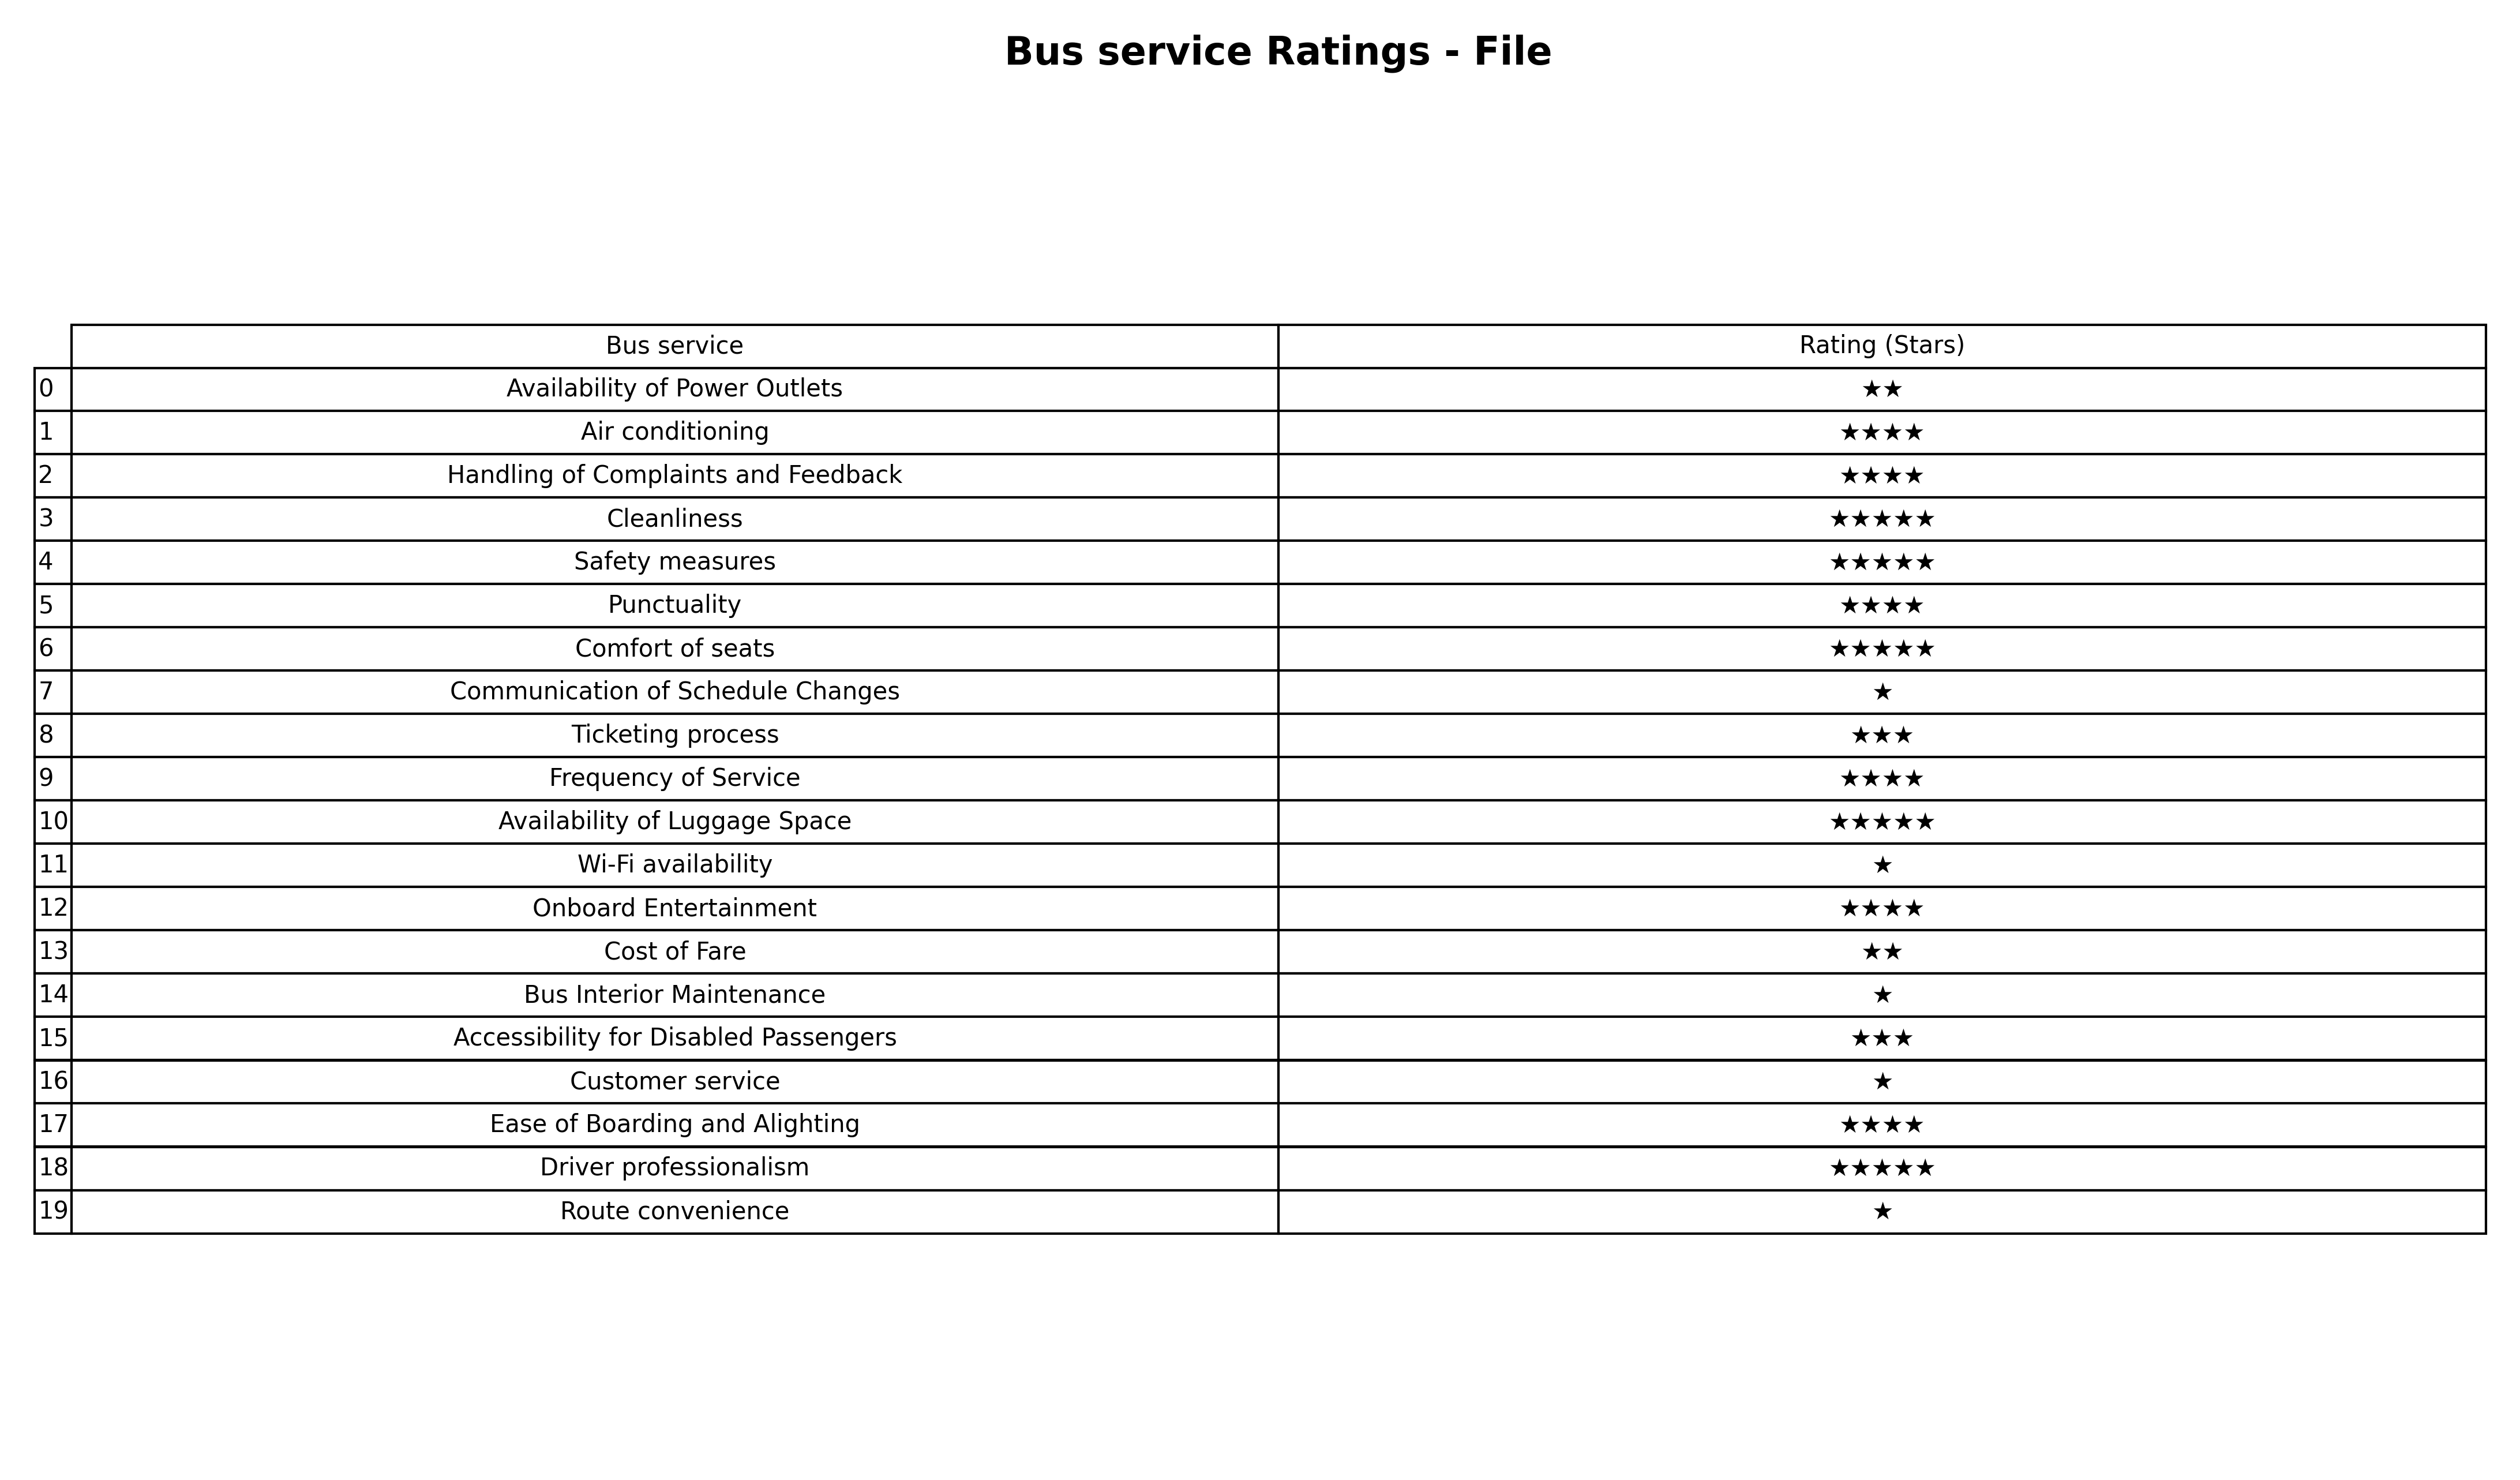
question: What are two star services?
answer: Availability of Power OutletsCost of Fare